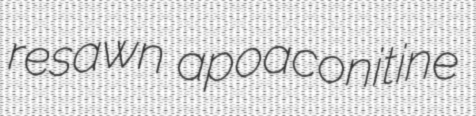
resawn apoaconitine